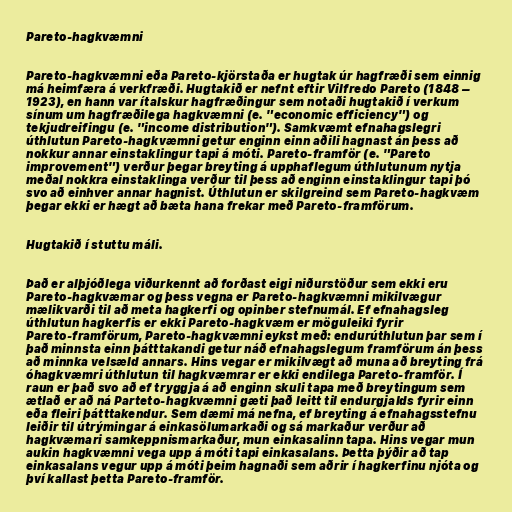
Pareto-hagkvæmni

Pareto-hagkvæmni eða Pareto-kjörstaða er hugtak úr hagfræði sem einnig
má heimfæra á verkfræði. Hugtakið er nefnt eftir Vilfredo Pareto (1848 –
1923), en hann var ítalskur hagfræðingur sem notaði hugtakið í verkum
sínum um hagfræðilega hagkvæmni (e. "economic efficiency") og
tekjudreifingu (e. "income distribution"). Samkvæmt efnahagslegri
úthlutun Pareto-hagkvæmni getur enginn einn aðili hagnast án þess að
nokkur annar einstaklingur tapi á móti. Pareto-framför (e. "Pareto
improvement") verður þegar breyting á upphaflegum úthlutunum nytja
meðal nokkra einstaklinga verður til þess að enginn einstaklingur tapi þó
svo að einhver annar hagnist. Úthlutun er skilgreind sem Pareto-hagkvæm
þegar ekki er hægt að bæta hana frekar með Pareto-framförum.

Hugtakið í stuttu máli.

Það er alþjóðlega viðurkennt að forðast eigi niðurstöður sem ekki eru
Pareto-hagkvæmar og þess vegna er Pareto-hagkvæmni mikilvægur
mælikvarði til að meta hagkerfi og opinber stefnumál. Ef efnahagsleg
úthlutun hagkerfis er ekki Pareto-hagkvæm er möguleiki fyrir
Pareto-framförum, Pareto-hagkvæmni eykst með: endurúthlutun þar sem í
það minnsta einn þátttakandi getur náð efnahagslegum framförum án þess
að minnka velsæld annars. Hins vegar er mikilvægt að muna að breyting frá
óhagkvæmri úthlutun til hagkvæmrar er ekki endilega Pareto-framför. Í
raun er það svo að ef tryggja á að enginn skuli tapa með breytingum sem
ætlað er að ná Parteto-hagkvæmni gæti það leitt til endurgjalds fyrir einn
eða fleiri þátttakendur. Sem dæmi má nefna, ef breyting á efnahagsstefnu
leiðir til útrýmingar á einkasölumarkaði og sá markaður verður að
hagkvæmari samkeppnismarkaður, mun einkasalinn tapa. Hins vegar mun
aukin hagkvæmni vega upp á móti tapi einkasalans. Þetta þýðir að tap
einkasalans vegur upp á móti þeim hagnaði sem aðrir í hagkerfinu njóta og
því kallast þetta Pareto-framför.